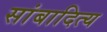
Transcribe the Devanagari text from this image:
सांबादित्य